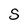
Character: S